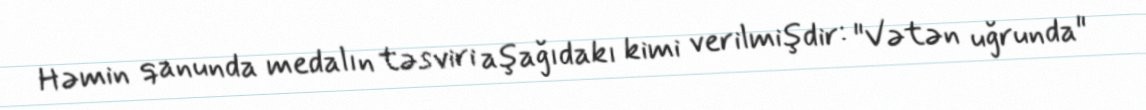
Həmin qanunda medalın təsviri aşağıdakı kimi verilmişdir: "Vətən uğrunda"